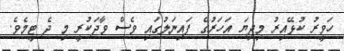
ހަވީރު ކުޅޭއިރު މިދިޔަ އަހަރުގެ ފައިނަލުގައި ވެސް ވާދަކުރީ މި ދެ ޓީމެވެ.